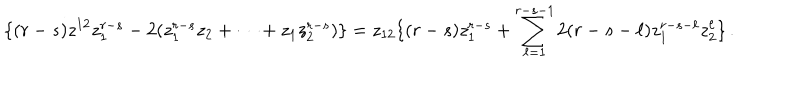
\{ ( r - s ) z ^ { 1 2 } z _ { 1 } ^ { r - s } - 2 ( z _ { 1 } ^ { r - s } z _ { 2 } + \cdots + z _ { 1 } z _ { 2 } ^ { r - s } ) \} = z _ { 1 2 } \{ ( r - s ) z _ { 1 } ^ { r - s } + \sum _ { \ell = 1 } ^ { r - s - 1 } 2 ( r - s - \ell ) z _ { 1 } ^ { r - s - \ell } z _ { 2 } ^ { \ell } \} \, .